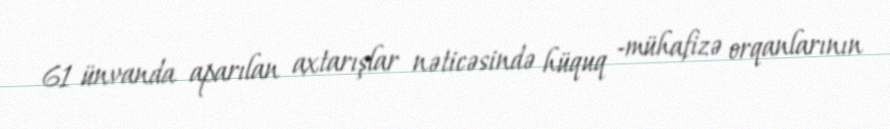
61 ünvanda aparılan axtarışlar nəticəsində hüquq -mühafizə orqanlarının